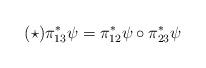
LaTeX: \begin{align*}(\star) \pi_{13}^*\psi=\pi_{12}^*\psi\circ\pi_{23}^*\psi\end{align*}